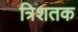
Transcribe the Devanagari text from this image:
त्रिशतक